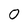
Character: 0